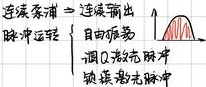
连续泵浦 $\rightarrow$ 连续输出脉冲运转
├─ 自由振荡
└─ 调 $Q$ 激光脉冲
  └─ 锁模脉冲